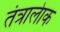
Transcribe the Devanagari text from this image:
तंत्रालेाक